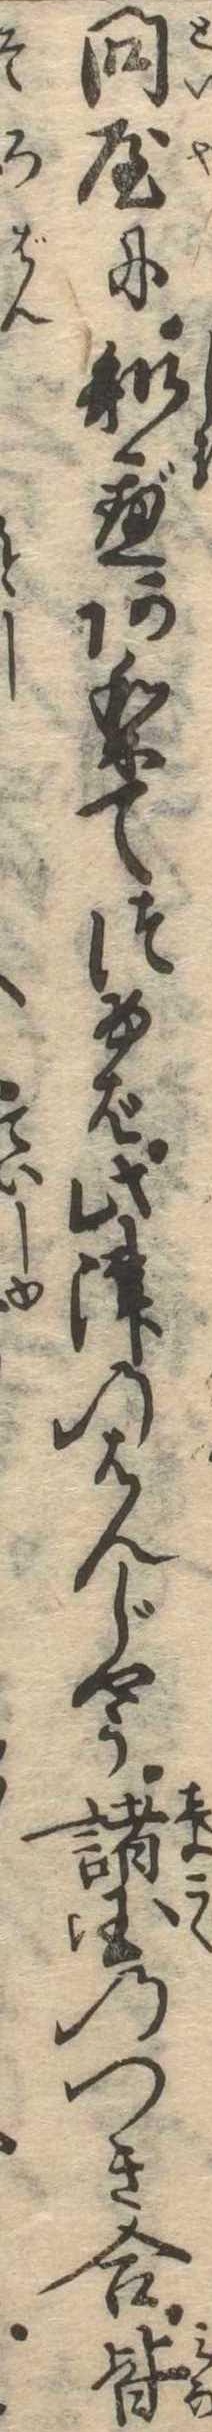
問屋に知べありてつけば此津のはんじやう諸国のつき合皆